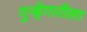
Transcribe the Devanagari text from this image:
गुन्हेगारीला